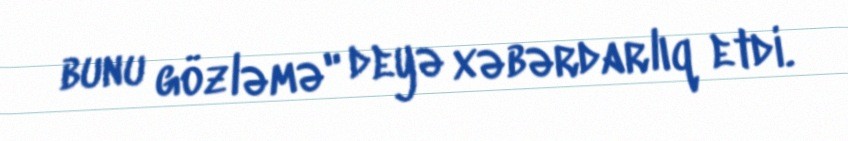
bunu gözləmə" deyə xəbərdarlıq etdi.